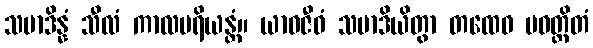
သမာဒိန္နံ သီလံ ကာလပရိယန္တံ။ ယာဝဇီဝံ သမာဒိယိတွာ တထေဝ ပဝတ္တိတံ